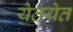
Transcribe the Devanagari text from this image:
येतयेत